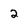
Character: 2